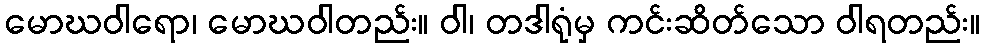
မောဃဝါရော၊ မောဃဝါတည်း။ ဝါ၊ တဒါရုံမှ ကင်းဆိတ်သော ဝါရတည်း။